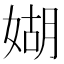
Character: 媩